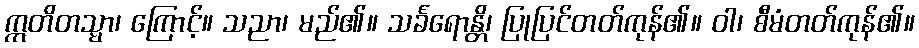
ဣတိတသ္မာ၊ ကြောင့်။ သညာ၊ မည်၏။ သင်္ခရောန္တိ၊ ပြုပြင်တတ်ကုန်၏။ ဝါ၊ စီမံတတ်ကုန်၏။